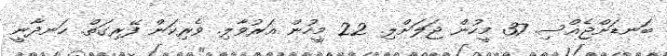
ބަނޑަށްޖެއްސި. 37 މީހުން ޖަލަށްލި. 22 މީހުން އަރުވާލި. ޥެރިކަން ފޭރިގަތް. ހަނދާނީ